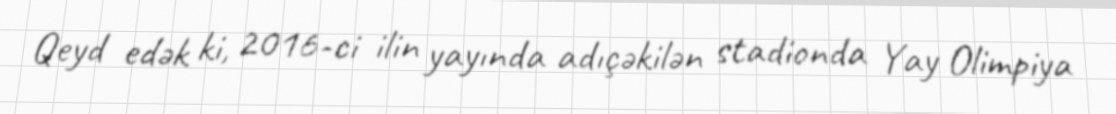
Qeyd edək ki, 2016-ci ilin yayında adıçəkilən stadionda Yay Olimpiya